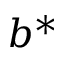
b ^ { * }